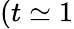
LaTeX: (t\simeq 1